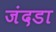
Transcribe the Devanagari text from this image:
जंदडा